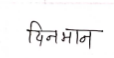
मजकूर: दिनमान